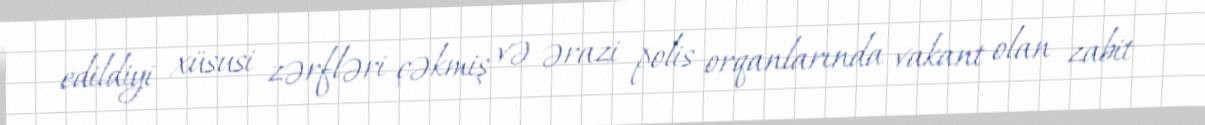
edildiyi xüsusi zərfləri çəkmiş və ərazi polis orqanlarında vakant olan zabit